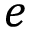
e